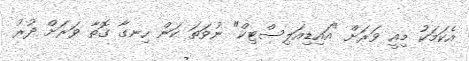
އެކަމަކު މިއީ ވަރަށް "އައިޑިއަލިސްޓިކް" ނުވަތަ ކަން ހިނގާ ގޮތާ ވަރަށް ދުރު